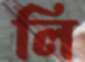
লি